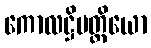
ကောလဋ္ဌိမတ္တိယော